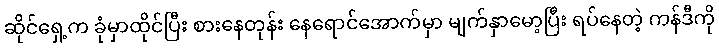
ဆိုင်ရှေ့က ခုံမှာထိုင်ပြီး စားနေတုန်း နေရောင်အောက်မှာ မျက်နှာမော့ပြီး ရပ်နေတဲ့ ကန်ဒီကို